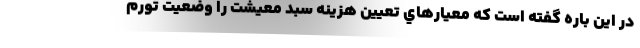
در اين باره گفته است كه معيارهاي تعيين هزينه سبد معيشت را وضعيت تورم